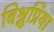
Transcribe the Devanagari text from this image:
बिश्नुप्रिया